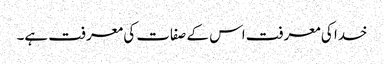
خدا کی معرفت اس کے صفات کی معرفت ہے۔